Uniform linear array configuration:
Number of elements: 8
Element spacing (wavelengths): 0.75
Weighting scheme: exponential
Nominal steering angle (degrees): -60
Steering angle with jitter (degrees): -58.867
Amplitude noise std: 0.05
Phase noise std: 0.05

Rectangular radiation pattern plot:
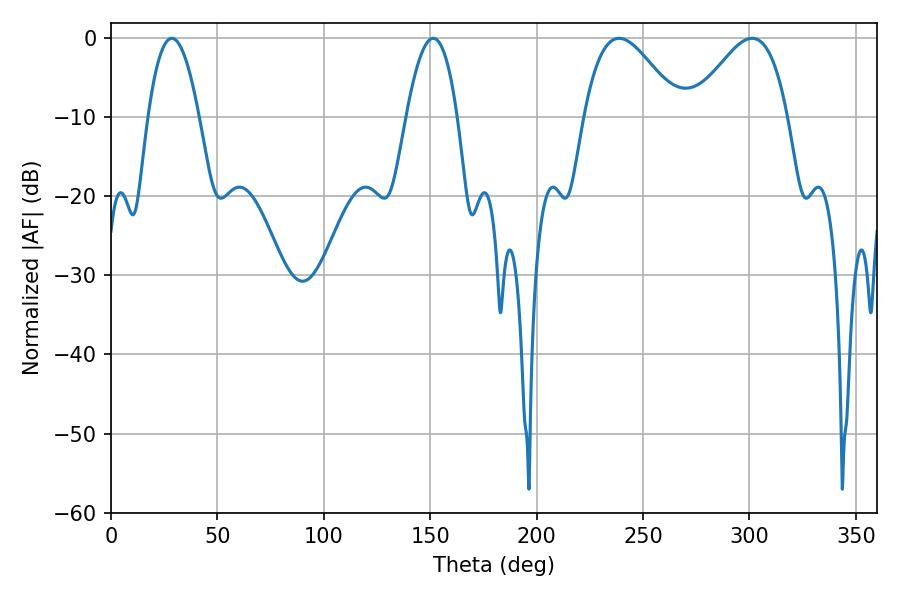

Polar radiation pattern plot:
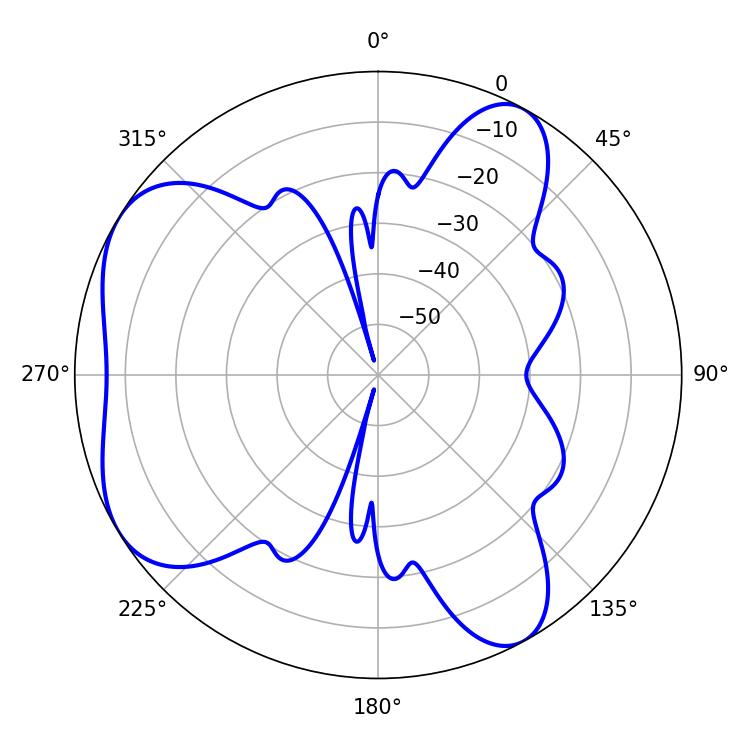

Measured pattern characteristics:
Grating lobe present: TRUE
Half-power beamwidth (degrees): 13.32
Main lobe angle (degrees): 28.62